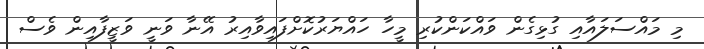
މި މައްސަލައާއި ގުޅިގެން ވައްކަންކުރި މީހާ ހައްޔަރުކޮށްފައިވާއިރު އޭނާ ވަނީ ވަޒީފާއިން ވެސް